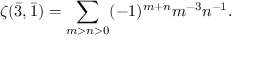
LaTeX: \zeta ( { \bar { 3 } } , { \bar { 1 } } ) = \sum _ { m > n > 0 } ( - 1 ) ^ { m + n } m ^ { - 3 } n ^ { - 1 } .